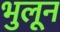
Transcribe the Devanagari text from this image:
भुलून